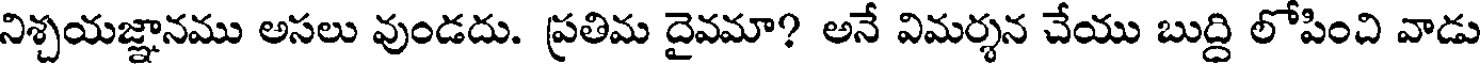
నిశ్చయజ్ఞానము అసలు వుండదు. ప్రతిమ దైవమా? అనే విమర్శన చేయు బుద్ది లోపించి వాడు